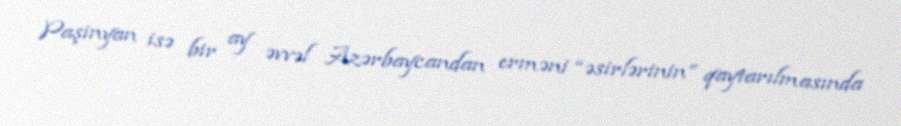
Paşinyan isə bir ay əvvəl Azərbaycandan erməni “əsirlərinin” qaytarılmasında